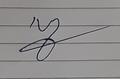
Signature authenticity: forged